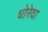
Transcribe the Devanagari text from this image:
धोरेवा